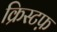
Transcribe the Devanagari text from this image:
क्रिस्टफ़